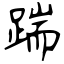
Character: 踹